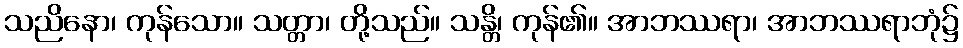
သညိနော၊ ကုန်သော။ သတ္တာ၊ တို့သည်။ သန္တိ၊ ကုန်၏။ အာဘဿရာ၊ အာဘဿရာဘုံ၌